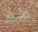
طھ